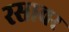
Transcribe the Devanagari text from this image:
रसावर